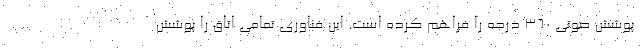
پوشش صوتی 360 درجه را فراهم کرده است. این فناوری تمامی اتاق را پوشش